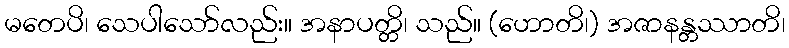
မတေပိ၊ သေပါသော်လည်း။ အနာပတ္တိ၊ သည်။ (ဟောတိ၊) အဇာနန္တဿာတိ၊